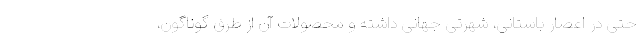
حتی در اعصار باستانی، شهرتی جهانی داشته و محصولات آن از طُرُق گوناگون،